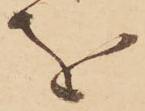
を